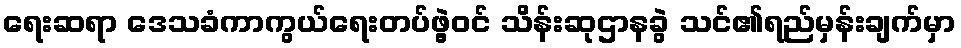
ရေးဆရာ ဒေသခံကာကွယ်ရေးတပ်ဖွဲ့ဝင် သိန်းဆုဌာနခွဲ သင်၏ရည်မှန်းချက်မှာ